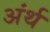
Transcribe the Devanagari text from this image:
अंर्थ